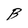
Character: B